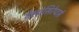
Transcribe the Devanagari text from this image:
वेलोसिरेप्‍टर्स